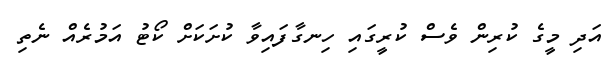
އަދި މީގެ ކުރިން ވެސް ކުރީގައި ހިނގާފައިވާ ކުށަކަށް ކޯޓު އަމުރެއް ނެތި